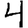
Digit: 4